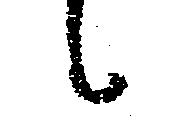
候